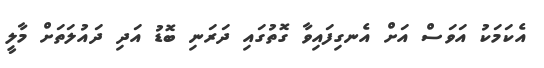
އެކަމަކު އަވަސް އަށް އެނގިފައިވާ ގޮތުގައި ދަރަނި ބޮޑު އަދި ދައުލަތަށް މާލީ